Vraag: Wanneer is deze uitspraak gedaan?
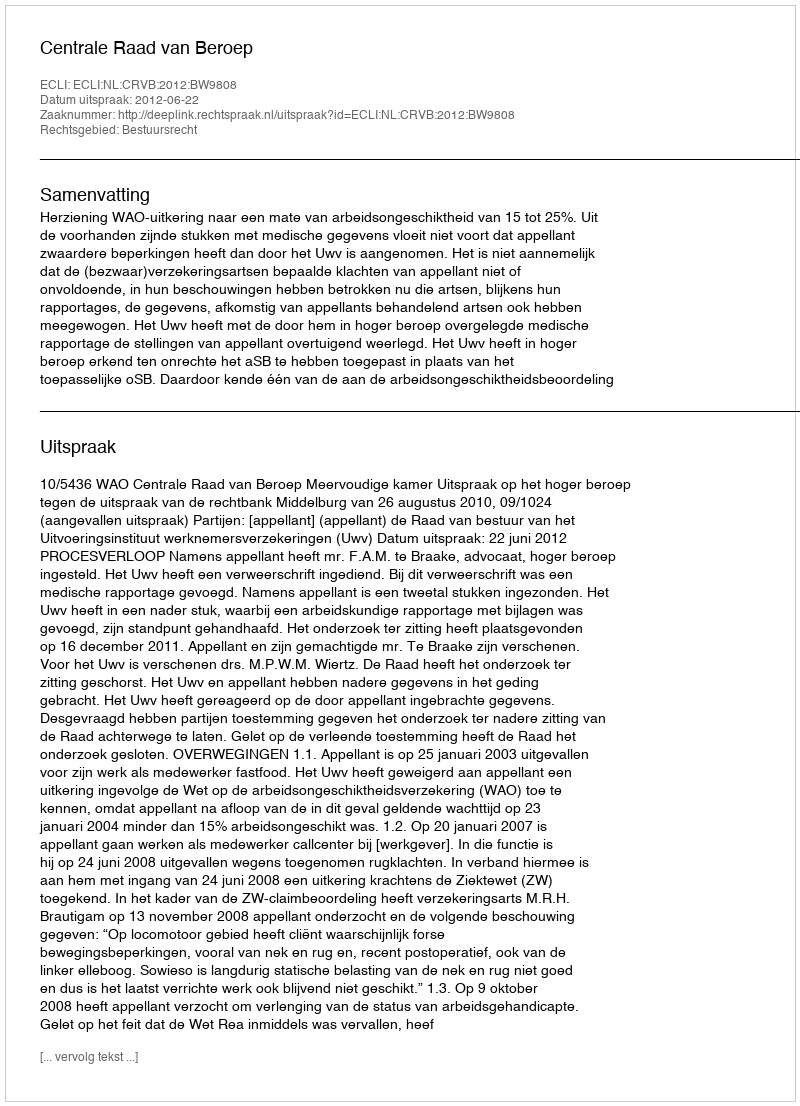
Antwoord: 2012-06-22